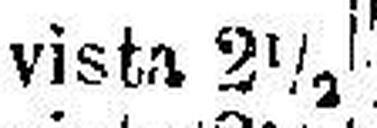
vista 2½